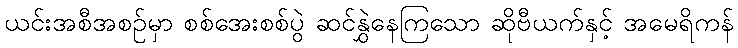
ယင်းအစီအစဉ်မှာ စစ်အေးစစ်ပွဲ ဆင်နွှဲနေကြသော ဆိုဗီယက်နှင့် အမေရိကန်